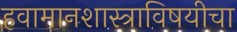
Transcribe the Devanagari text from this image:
हवामानशास्त्राविषयीचा